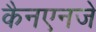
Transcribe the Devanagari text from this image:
कैनएनजे